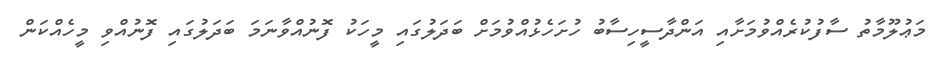
މަޢުލޫމާތު ސާފުކުރެއްވުމަށާއި އަންދާސީހިސާބު ހުށަހެޅުއްވުމަށް ބަދަލުގައި މީހަކު ފޮނުއްވާނަމަ ބަދަލުގައި ފޮނުއްވި މީހެއްކަން